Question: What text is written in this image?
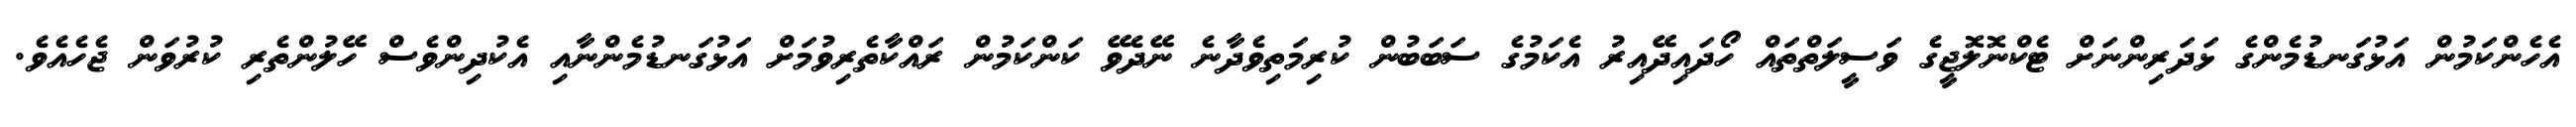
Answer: އެހެންކަމުން އަޅުގަނޑުމެންގެ ޅަދަރިންނަށް ޓެކްނޮލޮޖީގެ ވަސީލަތްތައް ހޯދައިދޭއިރު އެކަމުގެ ސަބަބުން ކުރިމަތިވެދާނެ ނޭދެވޭ ކަންކަމުން ރައްކާތެރިވުމަށް އަޅުގަނޑުމެންނާއި އެކުދިންވެސް ހޭލުންތެރި ކުރުވަން ޖެހެއެވެ.